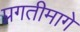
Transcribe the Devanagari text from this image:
प्रगतीमागे